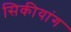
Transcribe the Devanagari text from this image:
सिकीयांग